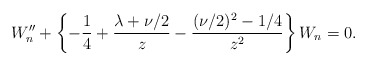
\begin{align*}W^{\prime\prime}_{n}+\left\{{-{1\over 4}+{\lambda+\nu/2\over z}-{(\nu/2)^2-1/4\over z^2}}\right\}W_{n}=0.\end{align*}